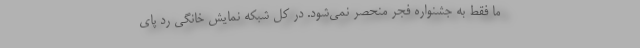
ما فقط به جشنواره فجر منحصر نمی‌شود. در کل شبکه نمایش خانگی رد پای